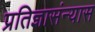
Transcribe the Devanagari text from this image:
प्रतिज्ञासंन्यास